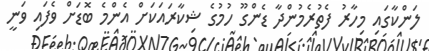
ލަންކާގައި މިހާރު ފެތުރެމުންދާ ޑެންގޫ ހުމުގެ ޝިކާރައަކަށް އެންމެ ބޮޑަށް ވެފައި ވަނީ